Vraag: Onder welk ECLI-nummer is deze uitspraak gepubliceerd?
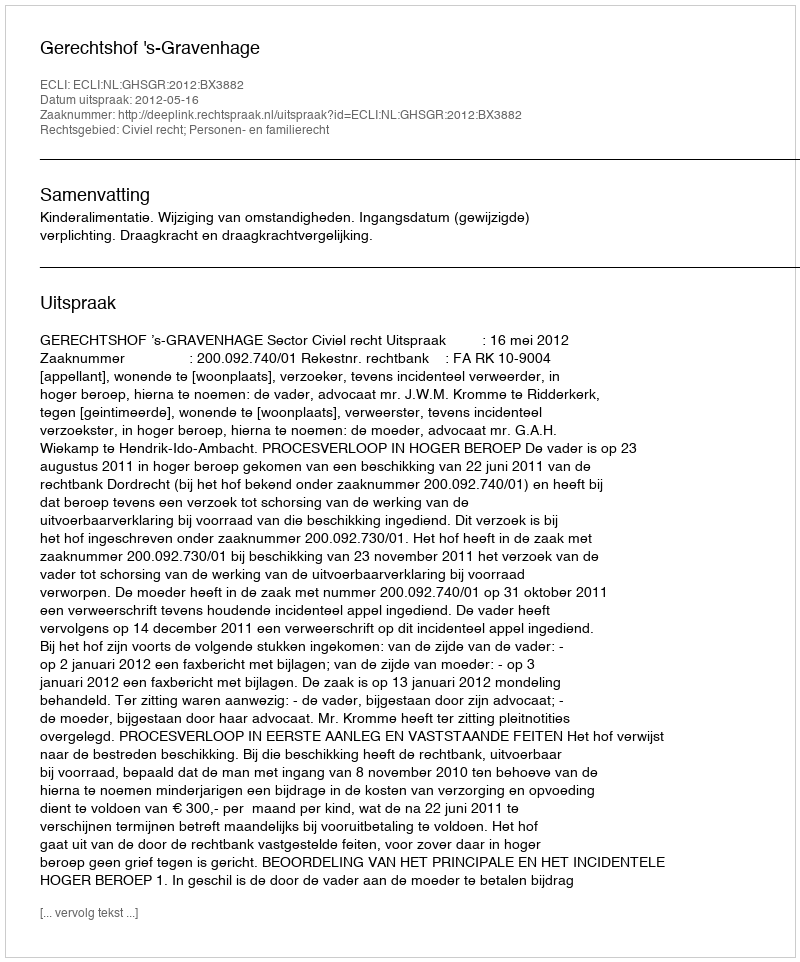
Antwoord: ECLI:NL:GHSGR:2012:BX3882